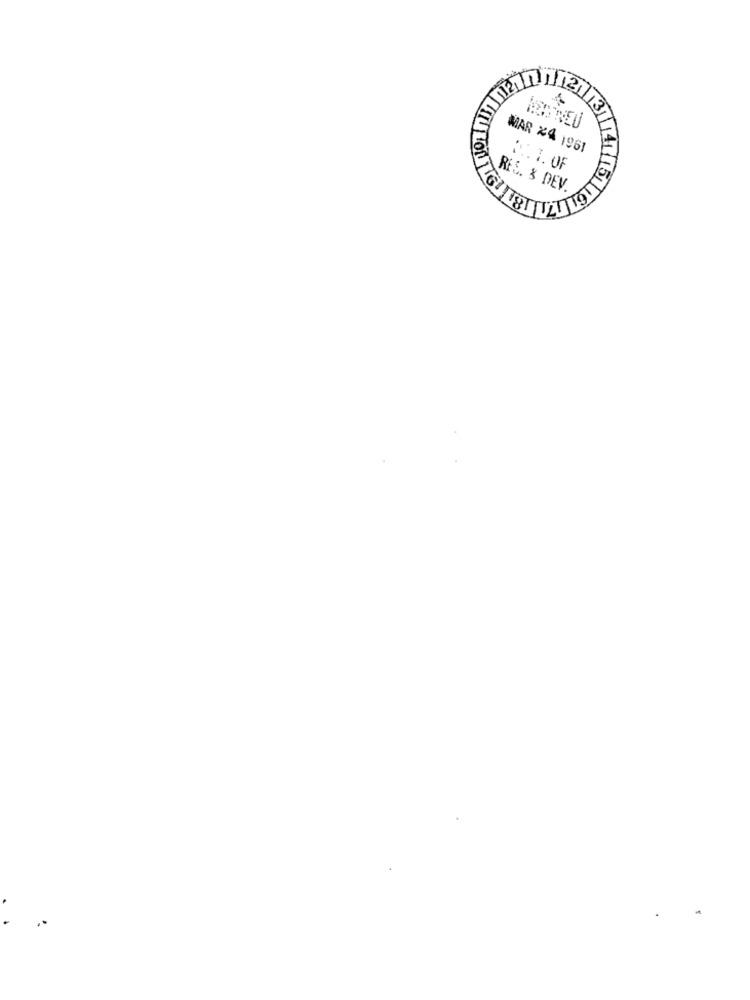
MAR 24 1961
D .. T. OF
RES. & DEV.